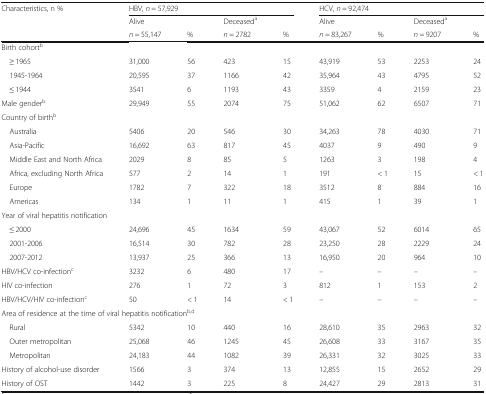
<table><thead><tr><td rowspan="3"><b>Characteristics, n %</b></td><td colspan="4"><b>HBV, <i>n</i> = 57,929</b></td><td colspan="4"><b>HCV, <i>n</i> = 92,474</b></td></tr><tr><td><b>Alive</b></td><td></td><td><b>Deceased<sup>a</sup></b></td><td></td><td><b>Alive</b></td><td></td><td><b>Deceased<sup>a</sup></b></td><td></td></tr><tr><td><b><i>n</i> = 55,147</b></td><td><b>%</b></td><td><b><i>n</i> = 2782</b></td><td><b>%</b></td><td><b><i>n</i> = 83,267</b></td><td><b>%</b></td><td><b><i>n</i> = 9207</b></td><td><b>%</b></td></tr></thead><tbody><tr><td colspan="9">Birth cohort<sup>b</sup></td></tr><tr><td> ≥ 1965</td><td>31,000</td><td>56</td><td>423</td><td>15</td><td>43,919</td><td>53</td><td>2253</td><td>24</td></tr><tr><td> 1945-1964</td><td>20,595</td><td>37</td><td>1166</td><td>42</td><td>35,964</td><td>43</td><td>4795</td><td>52</td></tr><tr><td> ≤ 1944</td><td>3541</td><td>6</td><td>1193</td><td>43</td><td>3359</td><td>4</td><td>2159</td><td>23</td></tr><tr><td>Male gender<sup>b</sup></td><td>29,949</td><td>55</td><td>2074</td><td>75</td><td>51,062</td><td>62</td><td>6507</td><td>71</td></tr><tr><td colspan="9">Country of birth<sup>b</sup></td></tr><tr><td> Australia</td><td>5406</td><td>20</td><td>546</td><td>30</td><td>34,263</td><td>78</td><td>4030</td><td>71</td></tr><tr><td> Asia-Pacific</td><td>16,692</td><td>63</td><td>817</td><td>45</td><td>4037</td><td>9</td><td>490</td><td>9</td></tr><tr><td> Middle East and North Africa</td><td>2029</td><td>8</td><td>85</td><td>5</td><td>1263</td><td>3</td><td>198</td><td>4</td></tr><tr><td> Africa, excluding North Africa</td><td>577</td><td>2</td><td>14</td><td>1</td><td>191</td><td>&lt; 1</td><td>15</td><td>&lt; 1</td></tr><tr><td> Europe</td><td>1782</td><td>7</td><td>322</td><td>18</td><td>3512</td><td>8</td><td>884</td><td>16</td></tr><tr><td> Americas</td><td>134</td><td>1</td><td>11</td><td>1</td><td>415</td><td>1</td><td>39</td><td>1</td></tr><tr><td colspan="9">Year of viral hepatitis notification</td></tr><tr><td> ≤ 2000</td><td>24,696</td><td>45</td><td>1634</td><td>59</td><td>43,067</td><td>52</td><td>6014</td><td>65</td></tr><tr><td> 2001-2006</td><td>16,514</td><td>30</td><td>782</td><td>28</td><td>23,250</td><td>28</td><td>2229</td><td>24</td></tr><tr><td> 2007-2012</td><td>13,937</td><td>25</td><td>366</td><td>13</td><td>16,950</td><td>20</td><td>964</td><td>10</td></tr><tr><td>HBV/HCV co-infection<sup>c</sup></td><td>3232</td><td>6</td><td>480</td><td>17</td><td>–</td><td>–</td><td>–</td><td>–</td></tr><tr><td>HIV co-infection</td><td>276</td><td>1</td><td>72</td><td>3</td><td>812</td><td>1</td><td>153</td><td>2</td></tr><tr><td>HBV/HCV/HIV co-infection<sup>c</sup></td><td>50</td><td>&lt; 1</td><td>14</td><td>&lt; 1</td><td>–</td><td>–</td><td>–</td><td>–</td></tr><tr><td colspan="9">Area of residence at the time of viral hepatitis notification<sup>b,d</sup></td></tr><tr><td> Rural</td><td>5342</td><td>10</td><td>440</td><td>16</td><td>28,610</td><td>35</td><td>2963</td><td>32</td></tr><tr><td> Outer metropolitan</td><td>25,068</td><td>46</td><td>1245</td><td>45</td><td>26,608</td><td>33</td><td>3167</td><td>35</td></tr><tr><td> Metropolitan</td><td>24,183</td><td>44</td><td>1082</td><td>39</td><td>26,331</td><td>32</td><td>3025</td><td>33</td></tr><tr><td>History of alcohol-use disorder</td><td>1566</td><td>3</td><td>374</td><td>13</td><td>12,855</td><td>15</td><td>2652</td><td>29</td></tr><tr><td>History of OST</td><td>1442</td><td>3</td><td>225</td><td>8</td><td>24,427</td><td>29</td><td>2813</td><td>31</td></tr></tbody></table>